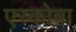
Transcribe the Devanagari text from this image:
एस्कोबा